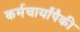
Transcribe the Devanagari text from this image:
कर्मचार्यांपैकी